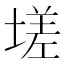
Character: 𡏦